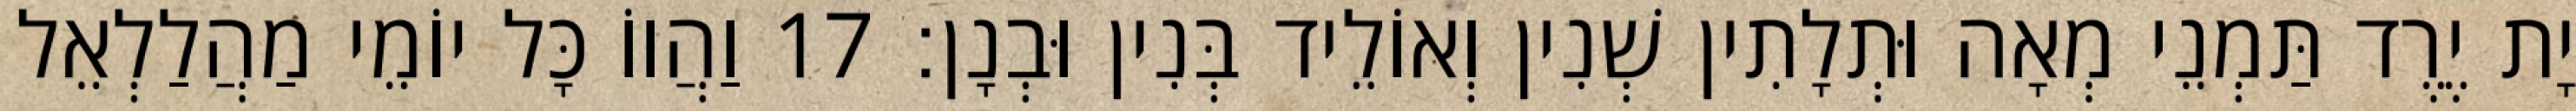
יָת יֶרֶד תַּמְנֵי מְאָה וּתְלָתִין שְׁנִין וְאוֹלֵיד בְּנִין וּבְנָן׃ 17 וַהֲווֹ כָּל יוֹמֵי מַהֲלַלְאֵל